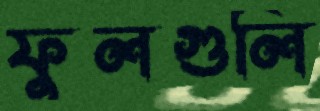
ফুলগুলি